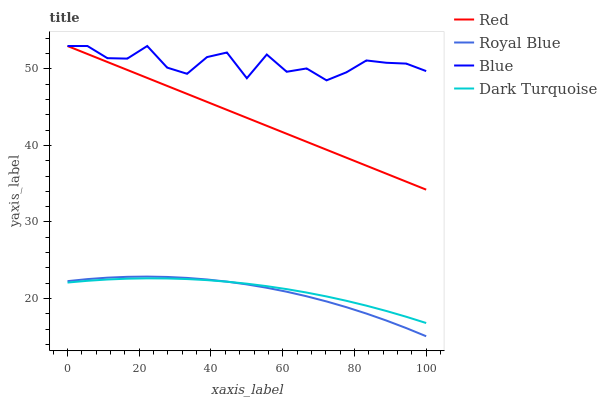
| xaxis_label | Red | Royal Blue | Blue | Dark Turquoise |
 | --- | --- | --- | --- | --- |
 | 0 | 53 | 22.3 | 53 | 22.1 |
 | 5.56 | 52 | 22.5 | 53 | 22.3 |
 | 11.1 | 50.9 | 22.7 | 51.4 | 22.5 |
 | 16.7 | 49.9 | 22.8 | 51.4 | 22.6 |
 | 22.2 | 48.8 | 22.9 | 53 | 22.6 |
 | 27.8 | 47.8 | 22.8 | 50.2 | 22.6 |
 | 33.3 | 46.7 | 22.7 | 49.4 | 22.5 |
 | 38.9 | 45.7 | 22.5 | 51.6 | 22.4 |
 | 44.4 | 44.7 | 22.2 | 52.1 | 22.2 |
 | 50 | 43.6 | 21.8 | 48.8 | 21.9 |
 | 55.6 | 42.6 | 21.4 | 51.9 | 21.6 |
 | 61.1 | 41.5 | 20.9 | 49.6 | 21.2 |
 | 66.7 | 40.5 | 20.3 | 50.1 | 20.8 |
 | 72.2 | 39.4 | 19.6 | 48.5 | 20.3 |
 | 77.8 | 38.4 | 18.9 | 49.6 | 19.7 |
 | 83.3 | 37.4 | 18 | 51.1 | 19.1 |
 | 88.9 | 36.3 | 17.1 | 50.8 | 18.4 |
 | 94.4 | 35.3 | 16.1 | 50.7 | 17.6 |
 | 100 | 34.2 | 15.1 | 49.7 | 16.8 |